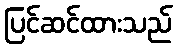
ပြင်ဆင်ထားသည်